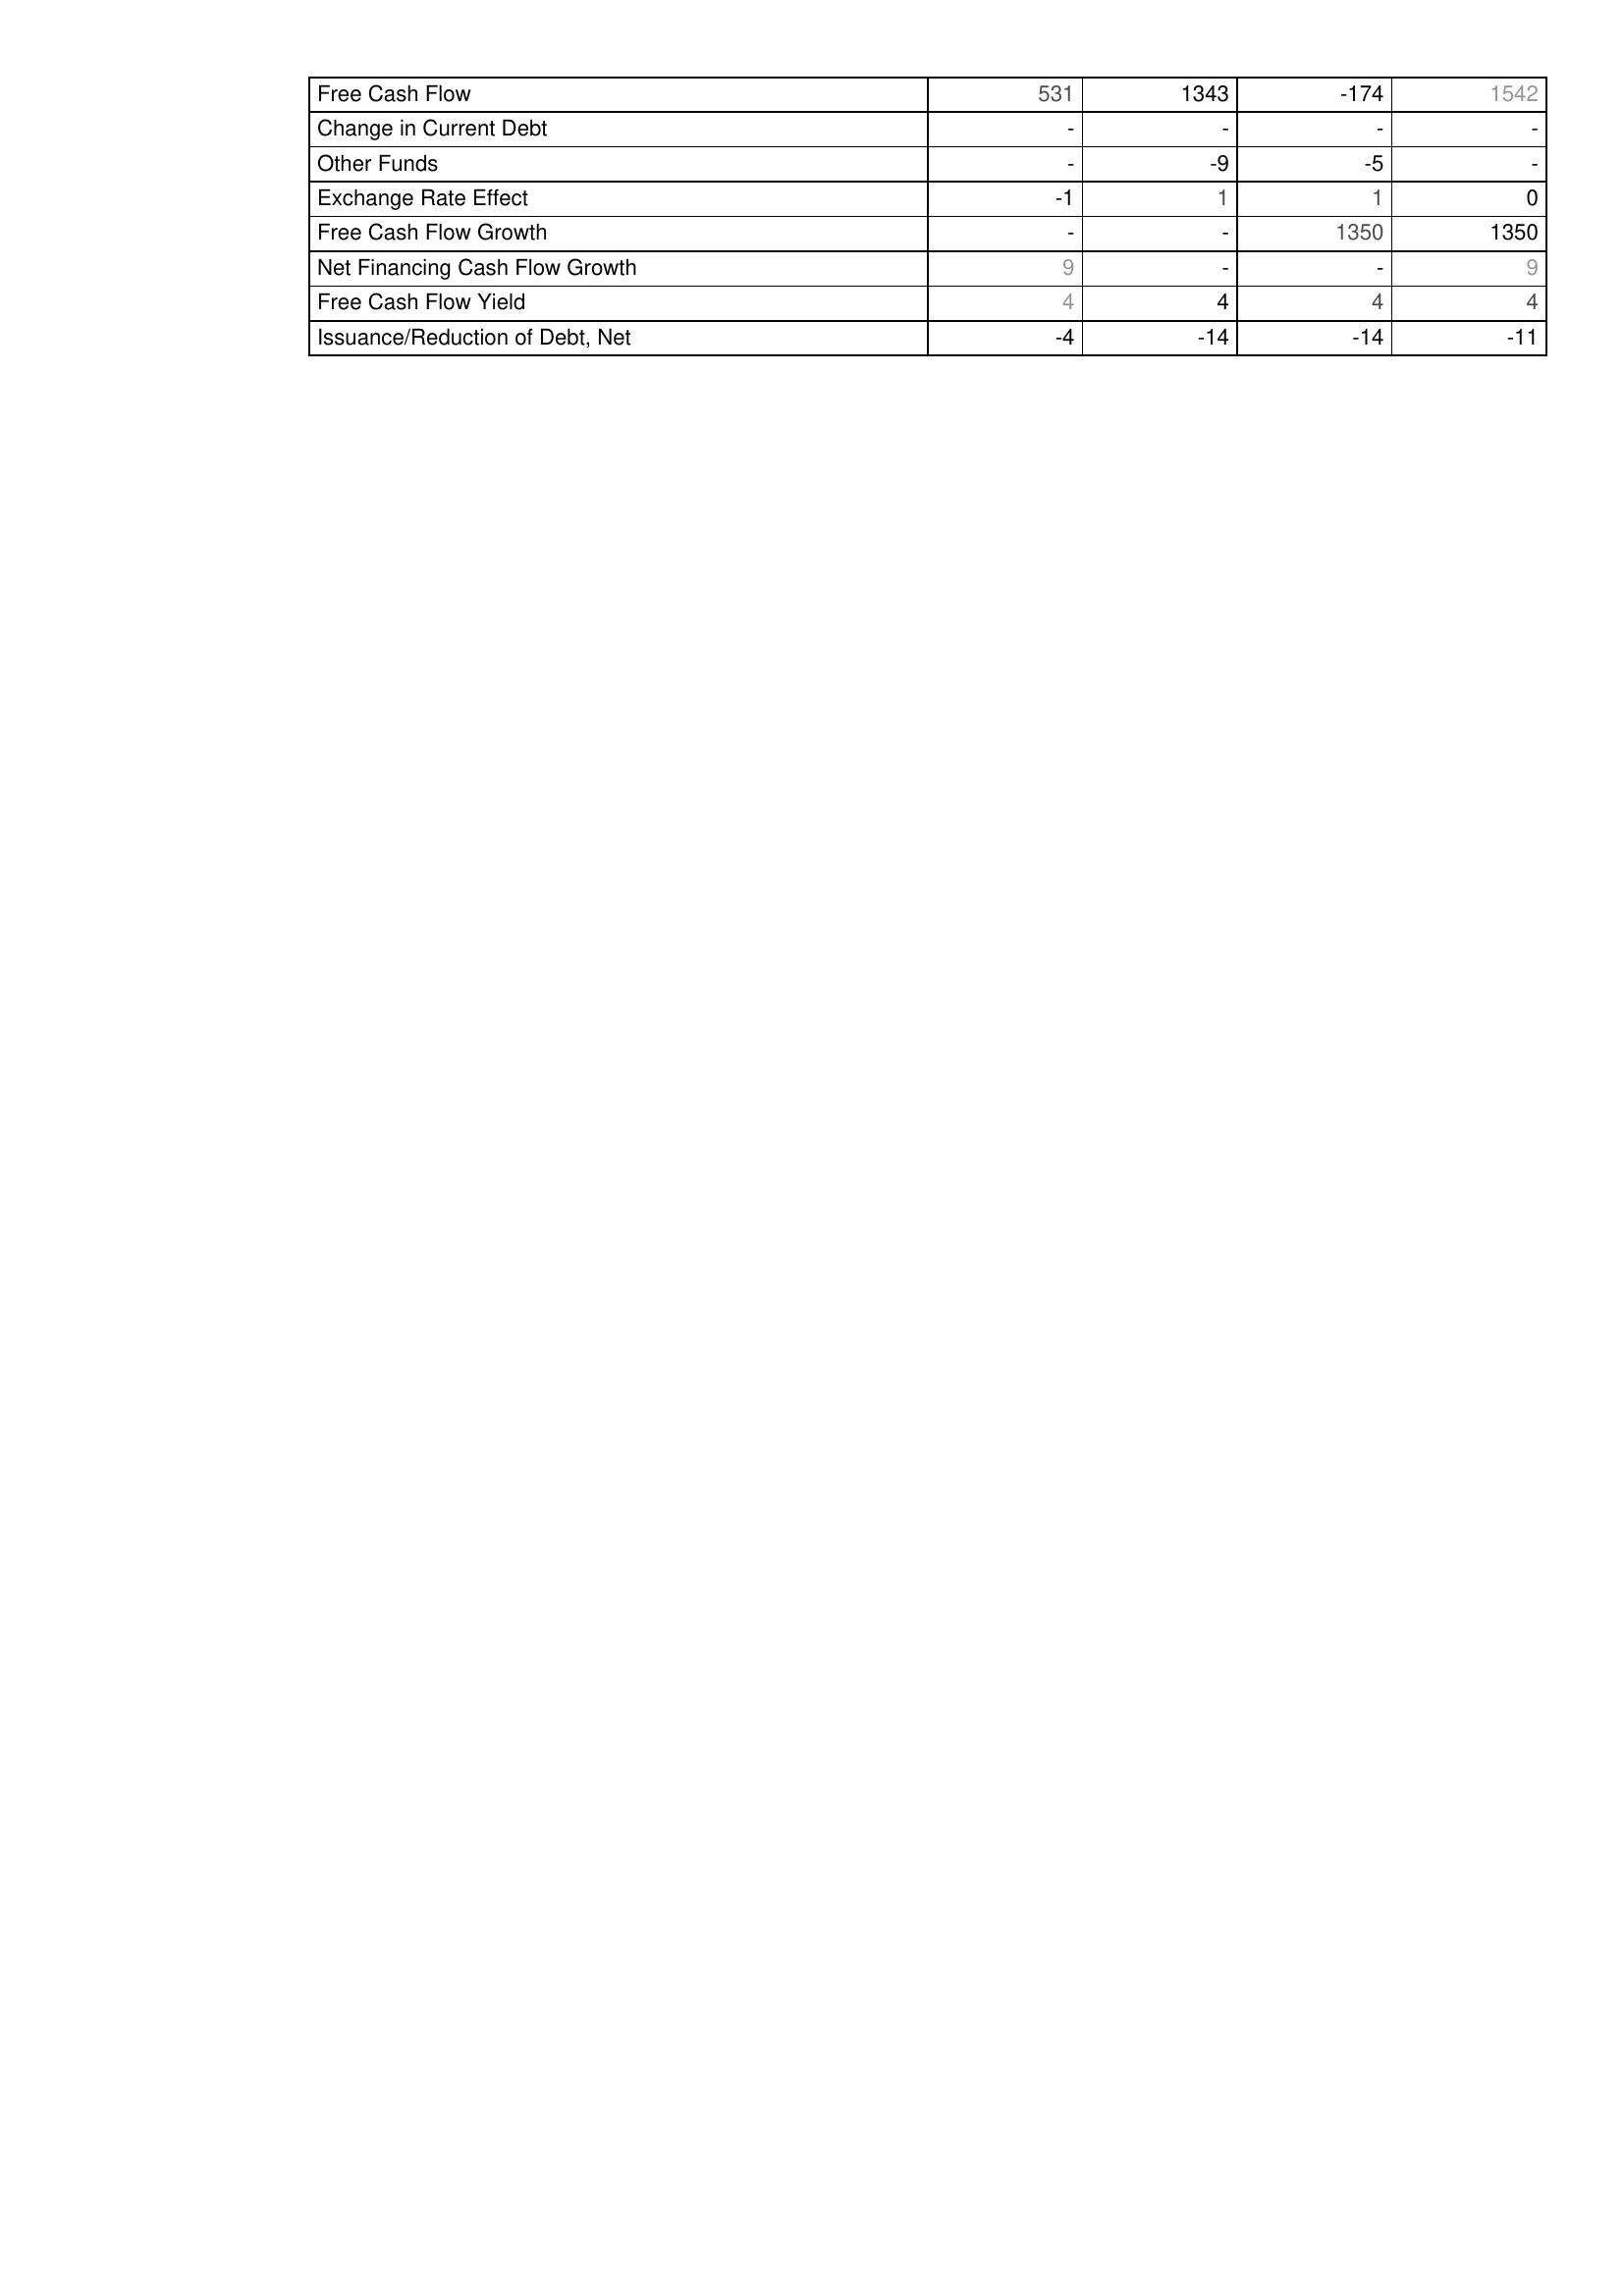
2008: Financing Activities: Free Cash Flow: 531
Change in Current Debt: -
Other Funds: -
Exchange Rate Effect: -1
Free Cash Flow Growth: -
Net Financing Cash Flow Growth: 9
Free Cash Flow Yield: 4
Issuance/Reduction of Debt, Net: -4
2007: Financing Activities: Free Cash Flow: 1343
Change in Current Debt: -
Other Funds: -9
Exchange Rate Effect: 1
Free Cash Flow Growth: -
Net Financing Cash Flow Growth: -
Free Cash Flow Yield: 4
Issuance/Reduction of Debt, Net: -14
2006: Financing Activities: Free Cash Flow: -174
Change in Current Debt: -
Other Funds: -5
Exchange Rate Effect: 1
Free Cash Flow Growth: 1350
Net Financing Cash Flow Growth: -
Free Cash Flow Yield: 4
Issuance/Reduction of Debt, Net: -14
2005: Financing Activities: Free Cash Flow: 1542
Change in Current Debt: -
Other Funds: -
Exchange Rate Effect: 0
Free Cash Flow Growth: 1350
Net Financing Cash Flow Growth: 9
Free Cash Flow Yield: 4
Issuance/Reduction of Debt, Net: -11